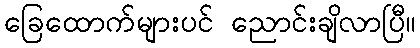
ခြေထောက်များပင် ညောင်းချိလာပြီ။